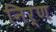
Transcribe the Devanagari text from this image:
निर्ण